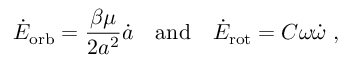
\dot { E } _ { \mathrm { o r b } } = \frac { \beta \mu } { 2 a ^ { 2 } } \dot { a } \quad \mathrm { a n d } \quad \dot { E } _ { \mathrm { r o t } } = C \omega \dot { \omega } \ ,